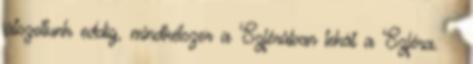
játszottunk eddig, mindkétszer a Szférában tehát a Szféra. 